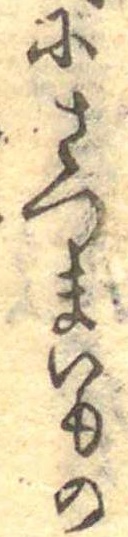
にさつまいもの